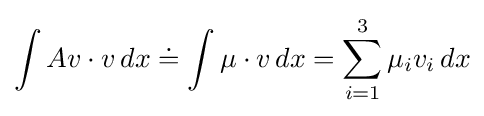
\int Av\cdot v\,dx\doteq \int \mu \cdot v\,dx=\sum _{i=1}^{3}\mu _{i}v_{i}\,dx